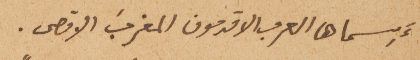
أَسماها العرب الاقدمون المغربَ الاقصى.